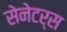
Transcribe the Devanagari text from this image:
सेनेटर्स